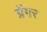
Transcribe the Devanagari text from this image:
ग्रेंगर